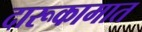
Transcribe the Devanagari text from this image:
दारूकामात